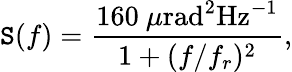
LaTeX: \mathtt{S}(f)=\frac{{160~\mu\mathrm{{rad^{2}Hz^{-1}}}}}{{1+(f/f_{r})^{2}}},